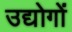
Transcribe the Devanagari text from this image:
उद्योगोंं